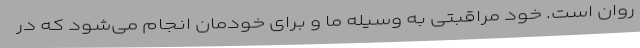
روان است. خود مراقبتی به وسیله ما و برای خودمان انجام می‌شود که در